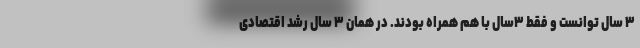
۳ سال توانست و فقط ۳سال با هم همراه بودند. در همان ۳ سال رشد اقتصادی